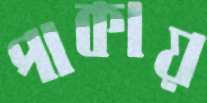
পাকায়